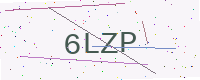
Text: 6LZP